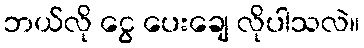
ဘယ်လို ငွေ ပေးချေ လိုပါသလဲ။